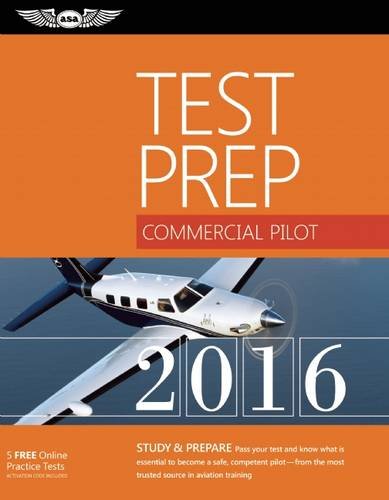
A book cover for Commercial Pilot Test Prep 2016: Study & Prepare: Pass your test and know what is essential to become a safe, competent pilot EE from the most trusted source in aviation training (Test Prep series); ASA Test Prep Board; Engineering & Transportation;